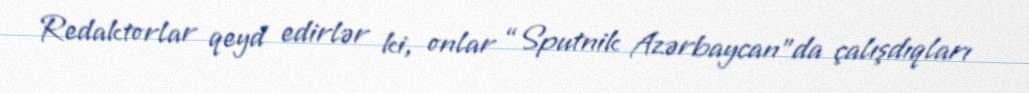
Redaktorlar qeyd edirlər ki, onlar “Sputnik Azərbaycan”da çalışdıqları